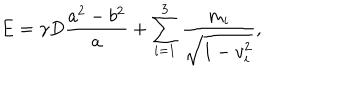
E = \gamma D \frac { a ^ { 2 } - b ^ { 2 } } a + \sum _ { i = 1 } ^ { 3 } \frac { m _ { i } } { \sqrt { 1 - v _ { i } ^ { 2 } } } ,